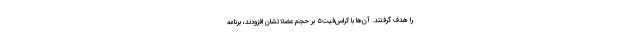
را هدف گرفتند. آن‌ها با کراس‌فیت۵ بر حجم عضلاتشان افزودند، برنامهٔ